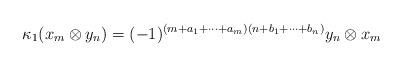
LaTeX: \begin{align*}\kappa_1(x_m\otimes y_n)=(-1)^{(m+a_1+\dots+a_m)(n+b_1+\dots+b_n)}y_n\otimes x_m\end{align*}